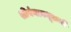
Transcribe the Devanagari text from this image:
श्रीरंगावधूतजी